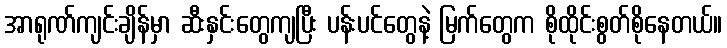
အာရုဏ်ကျင်းချိန်မှာ ဆီးနှင်းတွေကျပြီး ပန်းပင်တွေနဲ့ မြက်တွေက စိုထိုင်းစွတ်စိုနေတယ်။